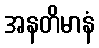
အနတိမာနံ